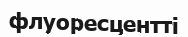
флуоресцентті